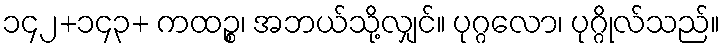
၁၄၂+၁၄၃+ ကထဉ္စ၊ အဘယ်သို့လျှင်။ ပုဂ္ဂလော၊ ပုဂ္ဂိုလ်သည်။